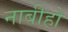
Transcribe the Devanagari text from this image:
नाबीहो